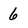
Character: 6